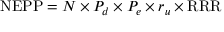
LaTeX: { \mathrm { N E P P } } = N \times P _ { d } \times P _ { e } \times r _ { u } \times { \mathrm { R R R } }